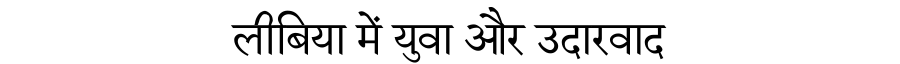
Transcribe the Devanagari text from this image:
लीबिया में युवा और उदारवाद